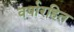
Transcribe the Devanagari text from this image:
वर्षारहित